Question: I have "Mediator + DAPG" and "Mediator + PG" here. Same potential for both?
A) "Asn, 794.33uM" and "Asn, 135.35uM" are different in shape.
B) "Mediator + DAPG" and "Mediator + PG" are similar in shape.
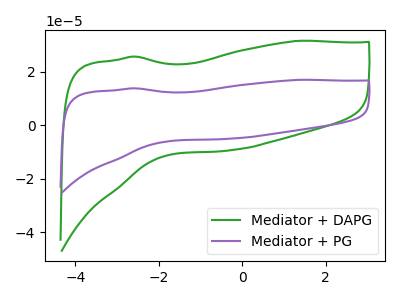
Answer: <think>The green curve "Mediator + DAPG" has no peaks. The purple curve "Mediator + PG" has no peaks.
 Neither "Mediator + DAPG" or "Mediator + PG" have any peaks.</think>
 <answer>B) "Mediator + DAPG" and "Mediator + PG" are similar in shape.</answer>
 <eval>B</eval>